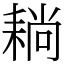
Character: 耥